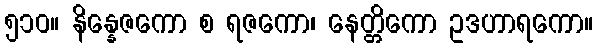
၅၁၀။ နိန္နေဇကော စ ရဇကော၊ နေတ္တိကော ဥဒဟာရကော။